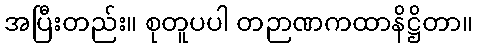
အပြီးတည်း။ စုတူပပါ တဉာဏကထာနိဋ္ဌိတာ။